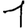
Digit: 1